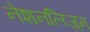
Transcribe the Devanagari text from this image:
नेशनलिज़्म